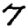
Digit: 7